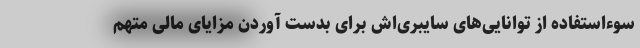
سوءاستفاده از توانایی‌های سایبری‌اش برای بدست آوردن مزایای مالی متهم